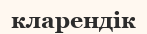
кларендік